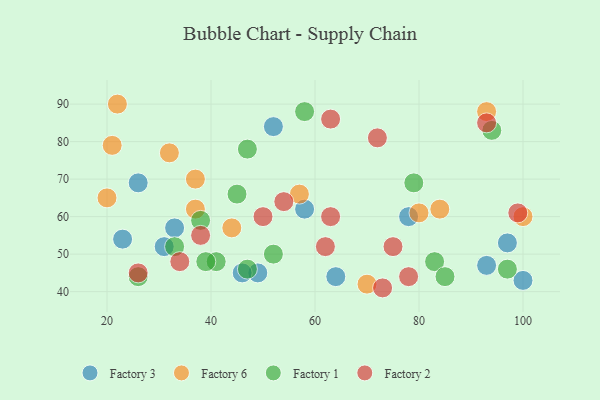
{"axis": {"x": "GDP", "y": "Life Expectancy"}, "legend": ["Factory 1", "Factory 2", "Factory 3", "Factory 6"], "data": [{"x": "49", "y": 45, "type": "Factory 3"}, {"x": "97", "y": 53, "type": "Factory 3"}, {"x": "100", "y": 43, "type": "Factory 3"}, {"x": "31", "y": 52, "type": "Factory 3"}, {"x": "93", "y": 47, "type": "Factory 3"}, {"x": "52", "y": 84, "type": "Factory 3"}, {"x": "64", "y": 44, "type": "Factory 3"}, {"x": "58", "y": 62, "type": "Factory 3"}, {"x": "33", "y": 57, "type": "Factory 3"}, {"x": "26", "y": 69, "type": "Factory 3"}, {"x": "23", "y": 54, "type": "Factory 3"}, {"x": "46", "y": 45, "type": "Factory 3"}, {"x": "78", "y": 60, "type": "Factory 3"}, {"x": "80", "y": 61, "type": "Factory 6"}, {"x": "57", "y": 66, "type": "Factory 6"}, {"x": "21", "y": 79, "type": "Factory 6"}, {"x": "32", "y": 77, "type": "Factory 6"}, {"x": "84", "y": 62, "type": "Factory 6"}, {"x": "70", "y": 42, "type": "Factory 6"}, {"x": "22", "y": 90, "type": "Factory 6"}, {"x": "44", "y": 57, "type": "Factory 6"}, {"x": "93", "y": 88, "type": "Factory 6"}, {"x": "100", "y": 60, "type": "Factory 6"}, {"x": "20", "y": 65, "type": "Factory 6"}, {"x": "37", "y": 70, "type": "Factory 6"}, {"x": "37", "y": 62, "type": "Factory 6"}, {"x": "47", "y": 78, "type": "Factory 1"}, {"x": "33", "y": 52, "type": "Factory 1"}, {"x": "58", "y": 88, "type": "Factory 1"}, {"x": "97", "y": 46, "type": "Factory 1"}, {"x": "94", "y": 83, "type": "Factory 1"}, {"x": "45", "y": 66, "type": "Factory 1"}, {"x": "47", "y": 46, "type": "Factory 1"}, {"x": "79", "y": 69, "type": "Factory 1"}, {"x": "41", "y": 48, "type": "Factory 1"}, {"x": "39", "y": 48, "type": "Factory 1"}, {"x": "83", "y": 48, "type": "Factory 1"}, {"x": "85", "y": 44, "type": "Factory 1"}, {"x": "26", "y": 44, "type": "Factory 1"}, {"x": "52", "y": 50, "type": "Factory 1"}, {"x": "38", "y": 59, "type": "Factory 1"}, {"x": "63", "y": 60, "type": "Factory 2"}, {"x": "63", "y": 86, "type": "Factory 2"}, {"x": "75", "y": 52, "type": "Factory 2"}, {"x": "73", "y": 41, "type": "Factory 2"}, {"x": "26", "y": 45, "type": "Factory 2"}, {"x": "78", "y": 44, "type": "Factory 2"}, {"x": "62", "y": 52, "type": "Factory 2"}, {"x": "72", "y": 81, "type": "Factory 2"}, {"x": "99", "y": 61, "type": "Factory 2"}, {"x": "54", "y": 64, "type": "Factory 2"}, {"x": "93", "y": 85, "type": "Factory 2"}, {"x": "34", "y": 48, "type": "Factory 2"}, {"x": "38", "y": 55, "type": "Factory 2"}, {"x": "50", "y": 60, "type": "Factory 2"}]}